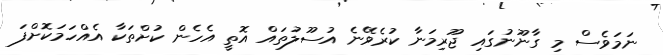
ނަމަވެސް މި ގާނޫނުގައި ޖޫރިމަނާ ކުރެވޭނެ އުސޫލުތައް އޮތީ އެހެން ކުށްތަކާ އެއްހަމަކޮށްފަ